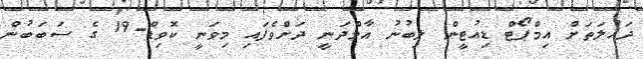
ދައުލަތަށް އިމްޕޯޓް ޑިއުޓީން ލިބުނު އާމްދަނީ ދަށްވެފައި މިވަނީ ކޮވިޑް-19 ގެ ސަބަބުން